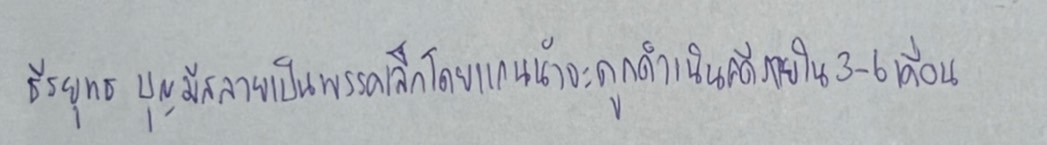
"ธีรยุทธ บุญมีสลายเป็นพรรคเล็กโดยแกนนำจะถูกดำเนินคดีภายใน3-6เดือน